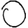
Digit: 0